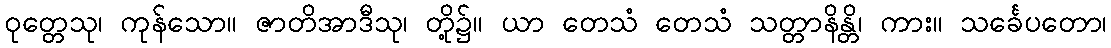
ဝုတ္တေသု၊ ကုန်သော။ ဇာတိအာဒီသု၊ တို့၌။ ယာ တေသံ တေသံ သတ္တာနိန္တိ၊ ကား။ သင်္ခေပတော၊